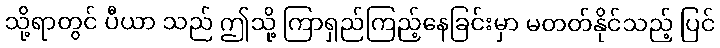
သို့ရာတွင် ပီယာ သည် ဤသို့ ကြာရှည်ကြည့်နေခြင်းမှာ မတတ်နိုင်သည့် ပြင်